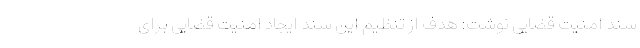
سند امنیت قضایی نوشت: هدف از تنظیم این سند ایجاد امنیت قضایی برای